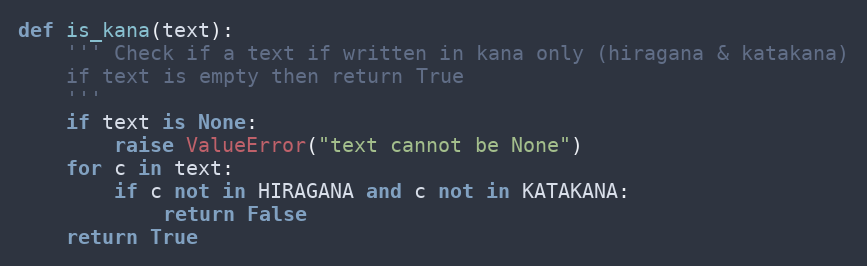
Language: Python
def is_kana(text):
    ''' Check if a text if written in kana only (hiragana & katakana)
    if text is empty then return True
    '''
    if text is None:
        raise ValueError("text cannot be None")
    for c in text:
        if c not in HIRAGANA and c not in KATAKANA:
            return False
    return True